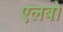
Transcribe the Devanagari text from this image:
एलबो